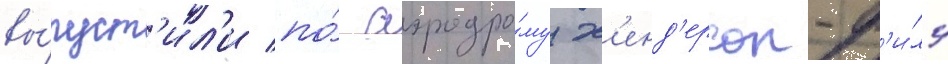
вы́пуст'ил'и по́ аэродро́му х'енд'ерсон-ф'и́лд